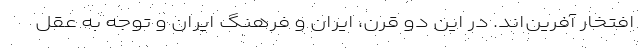
افتخار آفرین‌اند. در این دو قرن، ایران و فرهنگ ایران و توجه به عقل